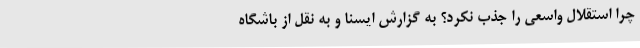
چرا استقلال واسعی را جذب نکرد؟ به گزارش ایسنا و به نقل از باشگاه